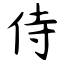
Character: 侍